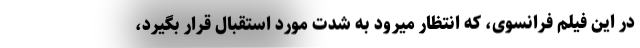
در این فیلم فرانسوی، که انتظار میرود به شدت مورد استقبال قرار بگیرد،